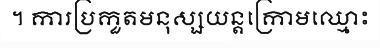
។ ការប្រកួតមនុស្សយន្តក្រោមឈ្មោះ